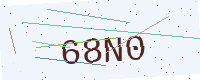
Text: 68N0